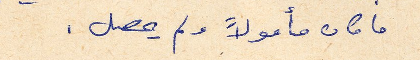
ما كان مأمولاً ولم يحصل.